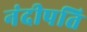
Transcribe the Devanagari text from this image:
नंदीपति